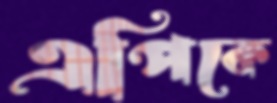
এপিকে